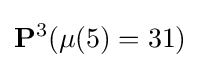
\mathbf {P} ^{3}(\mu (5)=31)